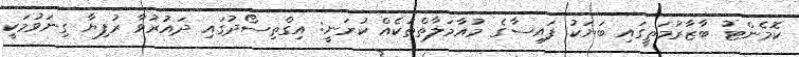
ކޮމެންޓު ބާޒާރުމަތީގައި ބަޔަކު ފައިސާގެ މުއާމަލާތްތަކެއް ކުރަނީ: އިގްތިސޯދުގައި ދައުރުވާ ރުފިޔާ ގިނަވުމަކީ